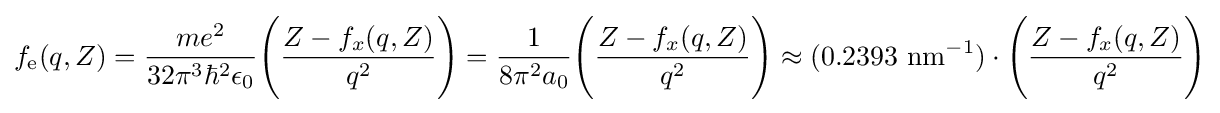
f_{\text{e}}(q,Z)={\frac {me^{2}}{32\pi ^{3}\hbar ^{2}\epsilon _{0}}}{\Bigg (}{\frac {Z-f_{x}(q,Z)}{q^{2}}}{\Bigg )}={\frac {1}{8\pi ^{2}a_{0}}}{\Bigg (}{\frac {Z-f_{x}(q,Z)}{q^{2}}}{\Bigg )}\approx (0.2393~{\textrm {nm}}^{-1})\cdot {\Bigg (}{\frac {Z-f_{x}(q,Z)}{q^{2}}}{\Bigg )}